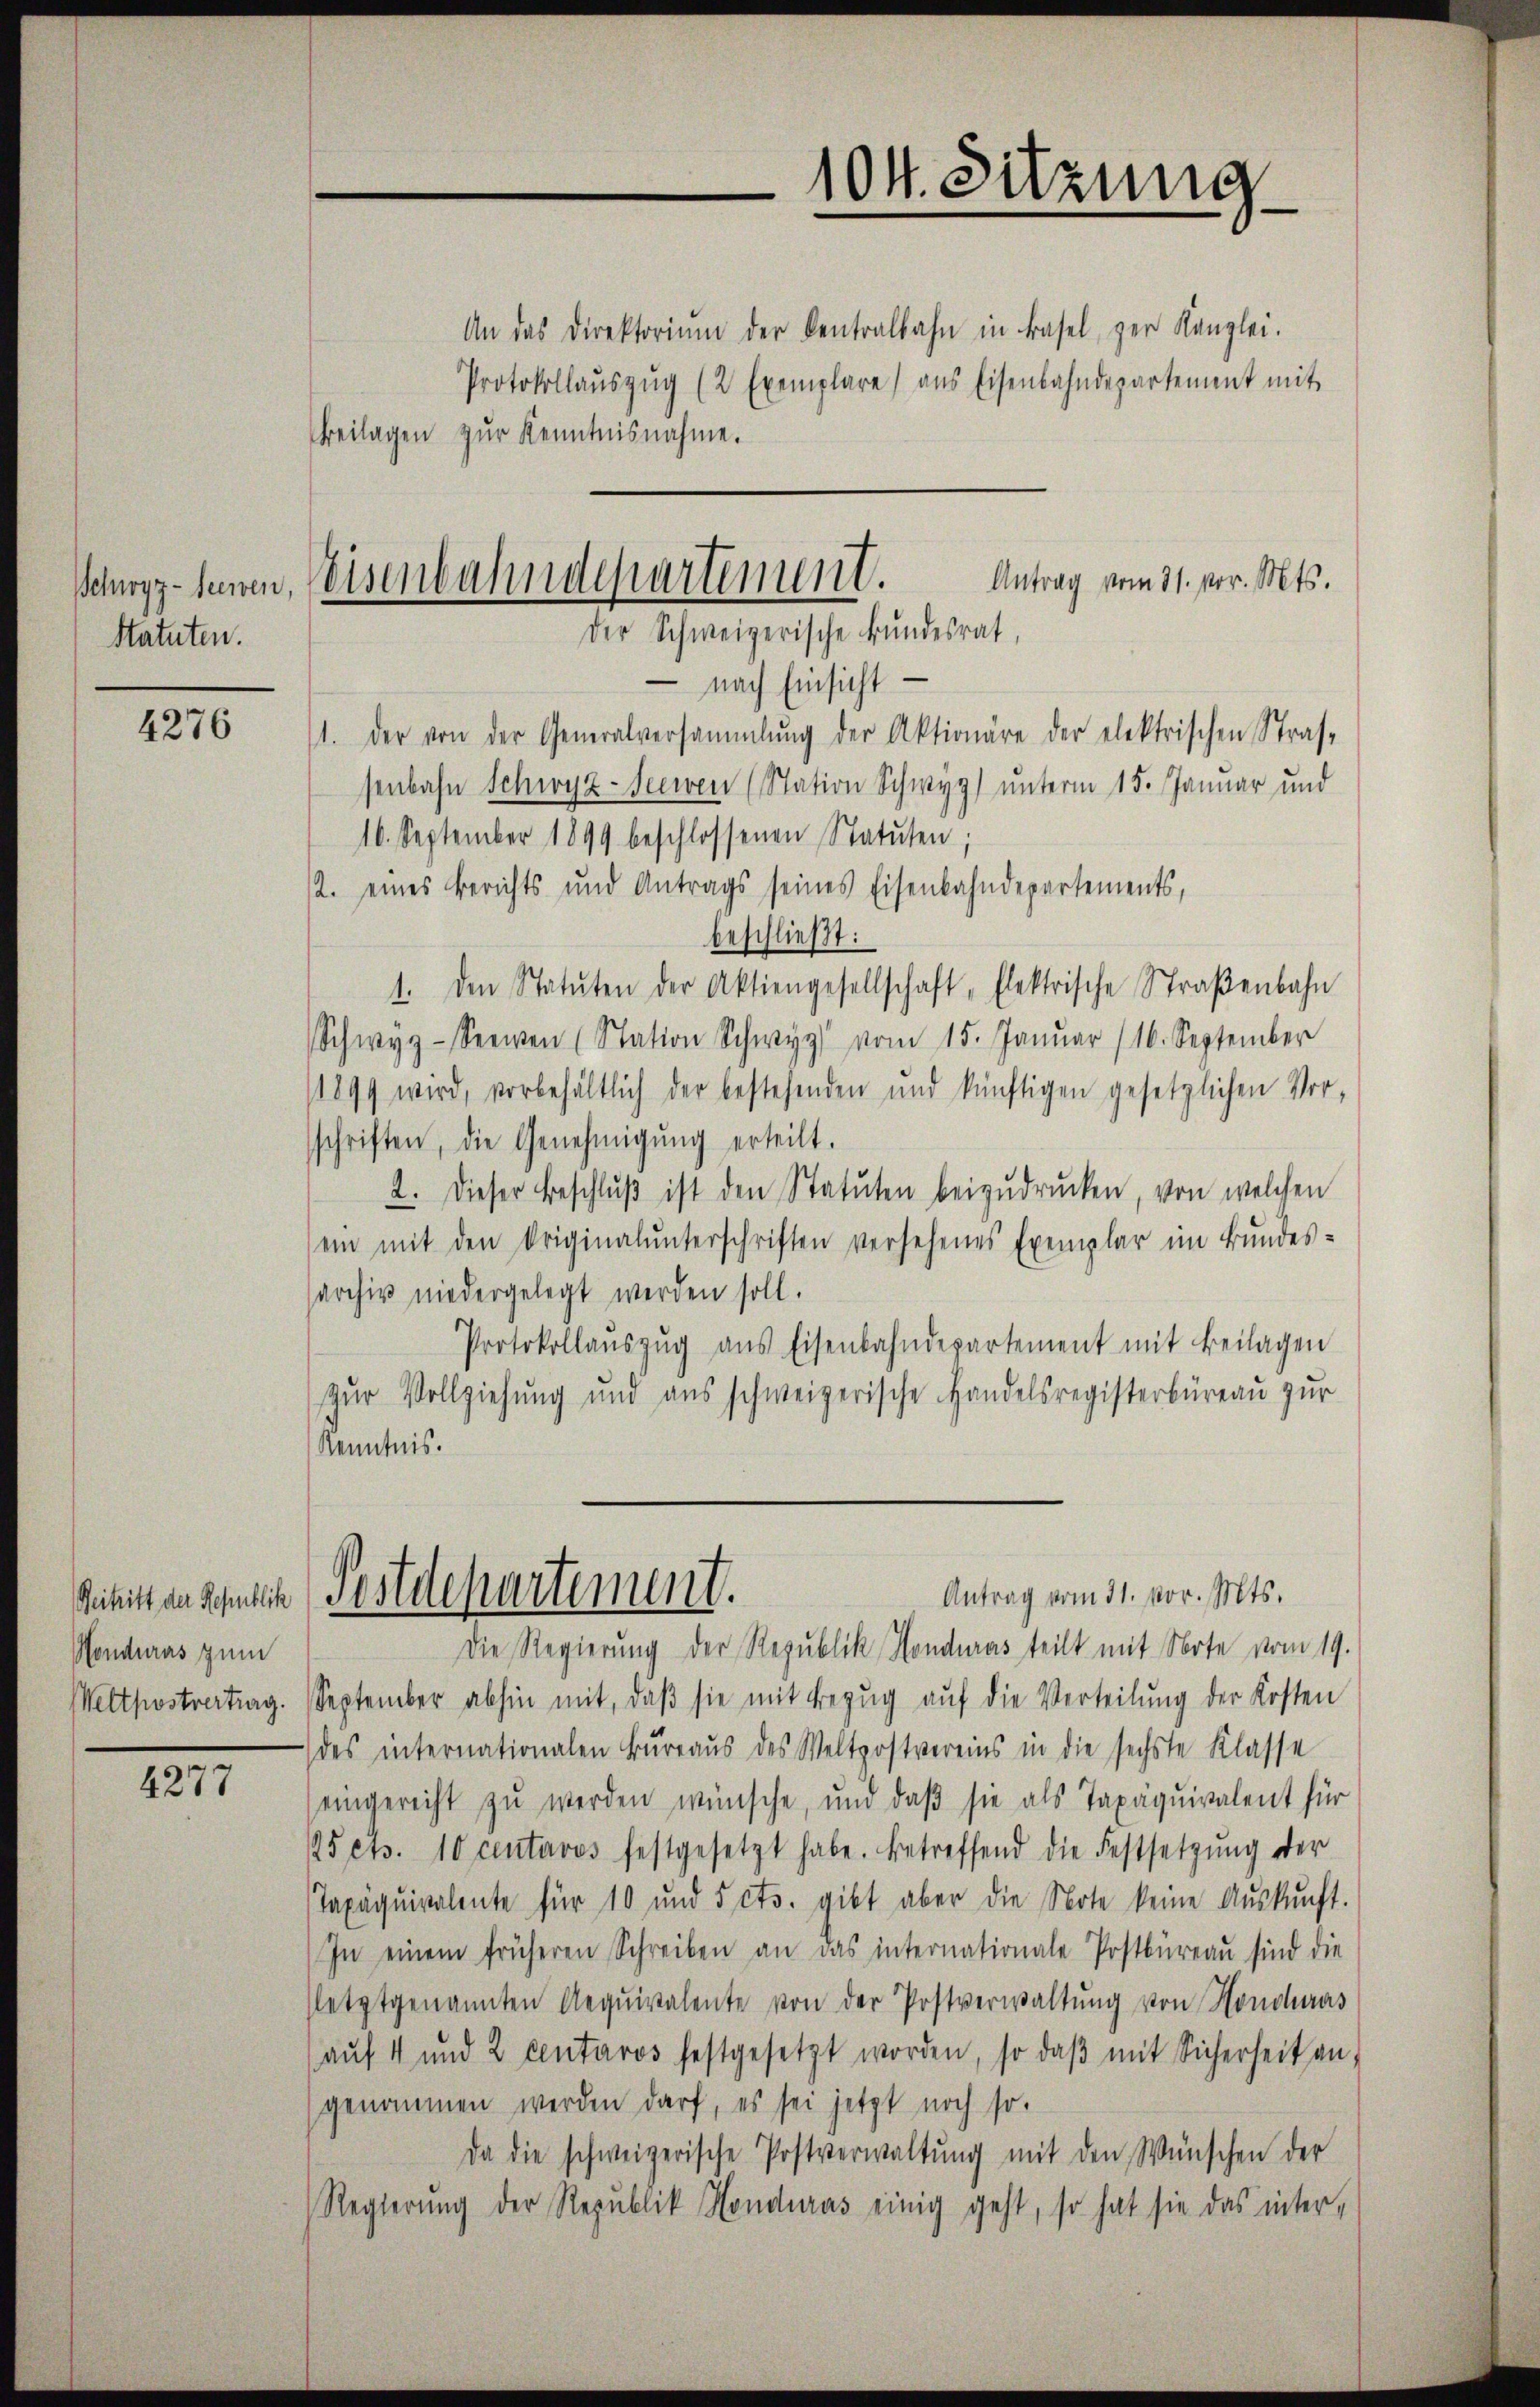
Schwyz-Seewen,
Statuten.

4276

Beitritt der Republik
Honduras zum
Wettpostvertrag.

4277

An das Direktoriŭm der Centralbahn in Basel, zur Kanzlei.
Protokollaŭszŭg (2 Exemplare) aus Eisenbahndepartement mit
Beilagen zur Kenntnisnahme.
 nach Einsicht
1. der von der Generalversammlung der Aktionäre der elektrischen Stras-
senbahn Schwyz-Seewen (Station Schwyz) unterm 15. Januar und
16. September 1899 beschlossenen Statuten;
2. eines Berichts und Antrags seines Eisenbahndepartements,
beschließt:
1. den Statuten der Aktiengesellschaft, Elektrische Straβenbahn
Schwyz - Seewen (Station Schwyz vom 15. Januar (16. September
1899 wird, vorbehältlich der bestehenden und künftigen gesetzlichen Vor-
schriften, die Genehmigŭng erteilt.
2. Dieser Beschlŭβ ist den Statuten beizŭdrücken, von welchen
ein mit den Originalunterschriften versehenes Exemplar im Bundes-
sarchiv niedergelegt werden soll.
Protokollaŭszŭg aŭs Eisenbahndepartement mit Beilagen
zur Vollziehung und aus schweizerische Handelsregisterbüreau zur
Kenntnis.

104. Sitzung

Antrag vom 31. vor. Mts.
Eisenbahndepartement.
der Schweizerische Bundesrat,

Antrag vom 31. vor. Mts.
Pestdepartement.

Die Regierung der Republik Honduras teilt mit Note vom 19.
September abhin mit, daβ sie mit Bezŭg aŭf die Verteilŭng der Kosten
des internationalen Büreaus des Weltpostvereins in die sechste Klasse
eingereicht zŭ werden wünsche, um daβ sie als Taxäquivalent für
25 cts. 10 centavos festgesetzt habe. Betreffend die Festsetzŭng der
Taxäquivalente für 10 und 5 cts. gibt aber die Note keine Aŭskŭnft.
In einem früheren Schreiben an das internationale Postbüreau sind die
fletztgenannten Aequivalente von der Postverwaltŭng von Honduras
aŭf 4 und 2 centaros festgesetzt worden, so daβ mit Sicherheit an,
genommen werden darf, es sei jetzt noch so.
Da die schweizerische Postverwaltŭng mit den Wünschen der
Regierung der Republik Honduras einig geht, so hat sie das inter¬